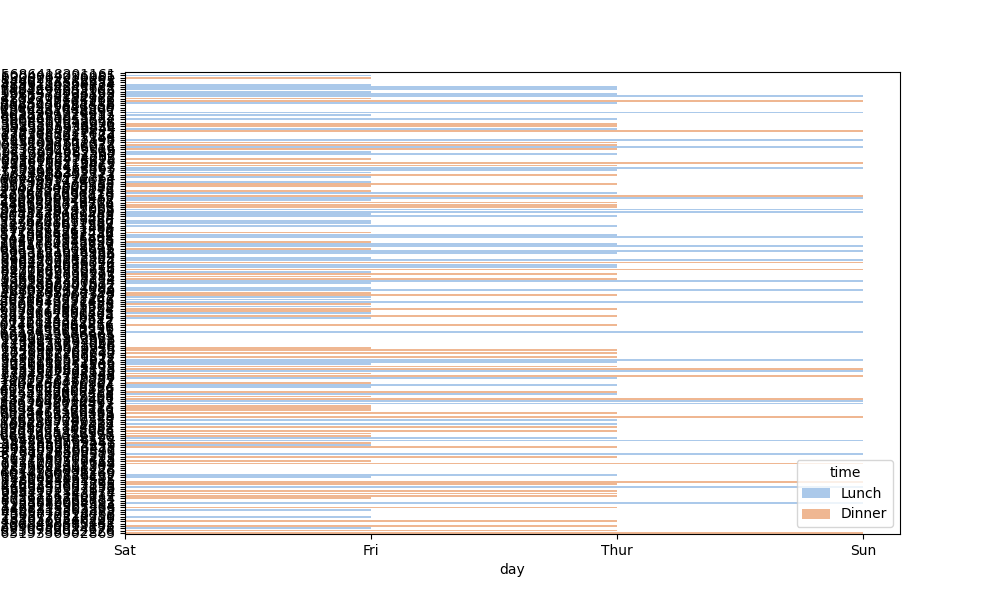
python, seaborn, barplot, hue='time', palette='pastel', ci=None, orient='h'